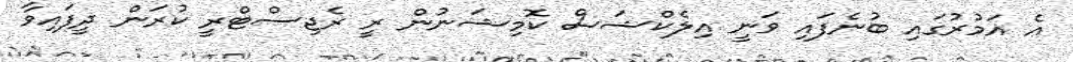
އެ އަމުރުގައި ބުނެފައި ވަނީ އިލެކްޝަސް ކޮމިޝަނުން ރީ ރެޖިސްޓްރީ ކުރަން ދީފައިވާ